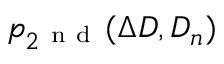
p _ { 2 ^ { \mathrm { ~ n ~ d ~ } } } ( \Delta D , D _ { n } )